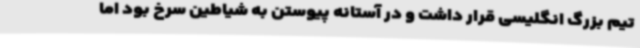
تیم بزرگ انگلیسی قرار داشت و در آستانه پیوستن به شیاطین سرخ بود اما